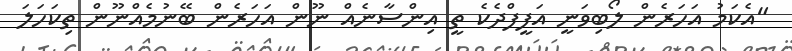
"އެކަމު އަހަރެން ލޯބިވަނީ އަފީފްދެކެ ތީ އިންސާނެއް ނޫން އަހަރެން ބޭނުމެއްނޫން ތިކަހަލަ